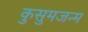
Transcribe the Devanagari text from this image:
कुसुमजन्म